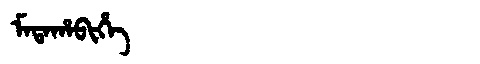
Manchu: ᠮᠠᡨᠠᡥᠠᠪᡳᡥᡝ
Romanization: MATAHABIHE